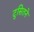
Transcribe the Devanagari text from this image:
दुसितने